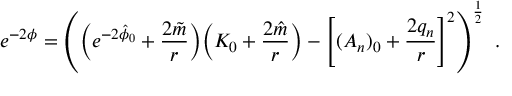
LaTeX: e ^ { - 2 \phi } = \left( \Bigl ( e ^ { - 2 \hat { \phi } _ { 0 } } + { \frac { 2 \tilde { m } } { r } } \Bigr ) \Bigl ( K _ { 0 } + { \frac { 2 \hat { m } } { r } } \Bigr ) - \left[ ( A _ { n } ) _ { 0 } + { \frac { 2 q _ { n } } { r } } \right] ^ { 2 } \right) ^ { \frac { 1 } { 2 } } \ .